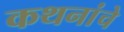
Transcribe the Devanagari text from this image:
कथनांचे